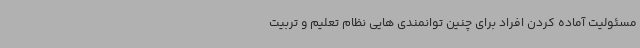
مسئولیت آماده کردن افراد برای چنین توانمندی هایی نظام تعلیم و تربیت